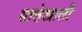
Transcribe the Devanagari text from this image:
सात्तेखाली